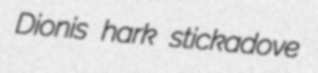
Dionis hark stickadove